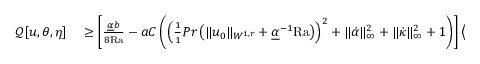
\begin{array} { r l } { \mathcal { Q } [ u , \theta , \eta ] } & { { } \geq \left[ \frac { \underline { { \alpha } } b } { 8 \mathrm { { R a } } } - a C \left( \left( \frac { 1 } { 1 } { { P r } } \left( \| u _ { 0 } \| _ { W ^ { 1 , r } } + \underline { { \alpha } } ^ { - 1 } \mathrm { { R a } } \right) \right) ^ { 2 } + \| \dot { \alpha } \| _ { \infty } ^ { 2 } + \| \dot { \kappa } \| _ { \infty } ^ { 2 } + 1 \right) \right] \left\langle \| u \| _ { H ^ { 1 } } ^ { 2 } \right\rangle } \end{array}